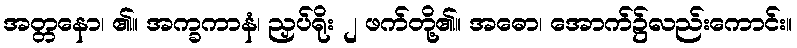
အတ္တနော၊ ၏။ အက္ခကာနံ၊ ညှပ်ရိုး ၂ ဖက်တို့၏။ အဓော၊ အောက်၌လည်းကောင်း။